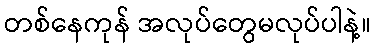
တစ်နေကုန် အလုပ်တွေမလုပ်ပါနဲ့။